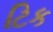
ટિક